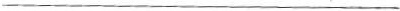
___